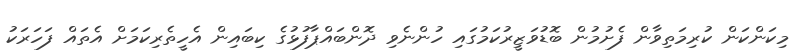
މިކަންކަން ކުރިމަތިވާން ފެށުމުން ބޮޑުވަޒީރުކަމުގައި ހުންނެވި ދޮންބައްޕާފުޅުގެ ކިބައިން އެހީތެރިކަމަށް އެތައް ފަހަރަކު